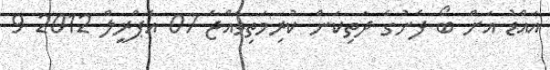
އައްޑު އަށް ބޯ ފެނުގެ ދަތިކަން ކުރިމަތިވެއްޖެ 07 އެޕްރީލް 2012 9